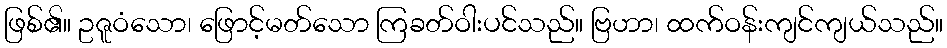
ဖြစ်၏။ ဥဇူဝံသော၊ ဖြောင့်မတ်သော ကြခတ်ဝါးပင်သည်။ ဗြဟာ၊ ထက်ဝန်းကျင်ကျယ်သည်။